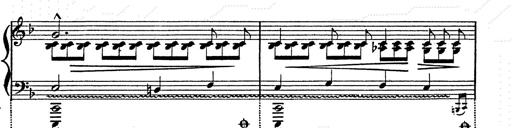
Title: Franz Schuberts geistliche Lieder
Composer: Franz Liszt